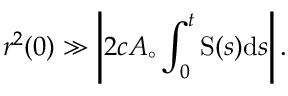
r ^ { 2 } ( 0 ) \gg \left| 2 c A _ { \circ } \int _ { 0 } ^ { t } \mathrm { S } ( s ) \mathrm { d } s \right| .